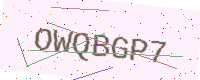
Text: OWQBGP7